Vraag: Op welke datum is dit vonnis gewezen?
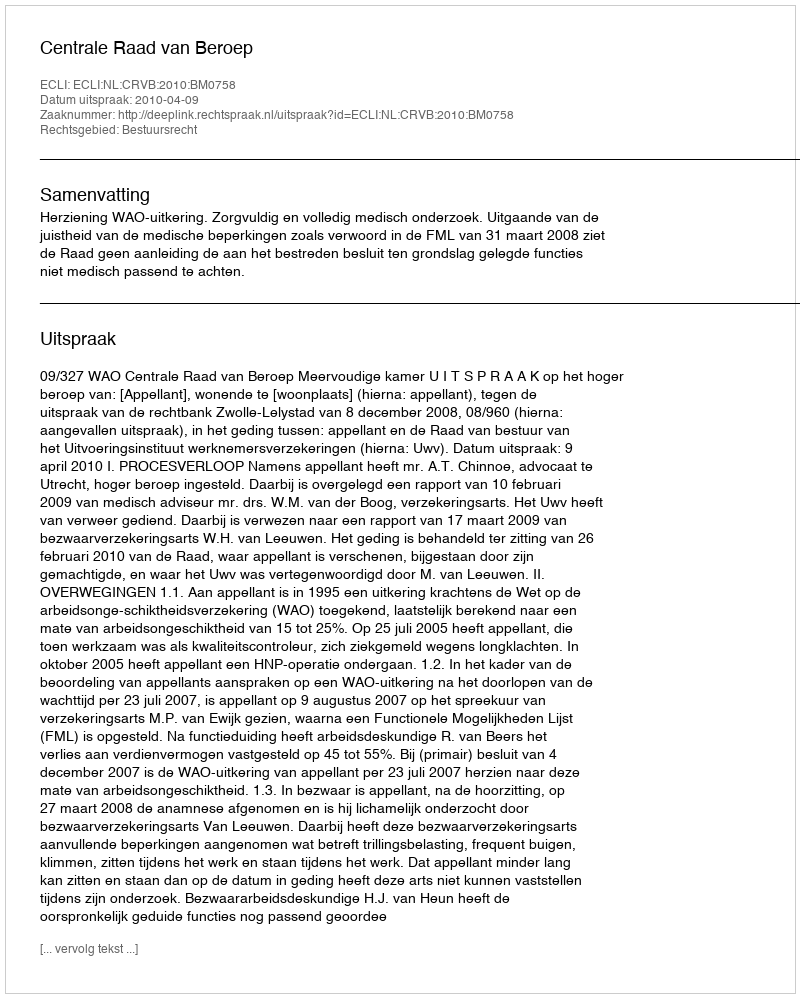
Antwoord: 2010-04-09